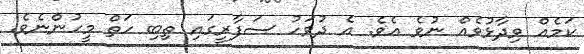
ކަމެއް ވިދާޅުވެއް ނުވެ އެވެ. އެ ދުވަހު ސަފާރީގައި ތިބި ހަތް މީހުންނެވެ.